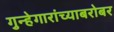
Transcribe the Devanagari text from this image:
गुन्हेगारांच्याबरोबर